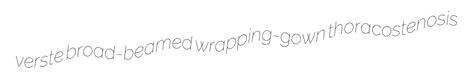
verste broad-beamed wrapping-gown thoracostenosis